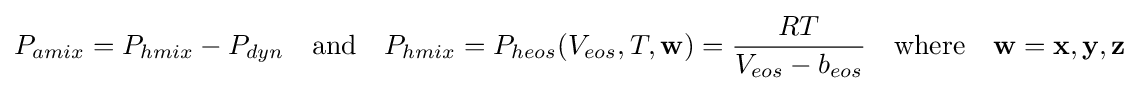
P_{amix}=P_{hmix}-P_{dyn}\quad {\text{and}}\quad P_{hmix}=P_{heos}(V_{eos},T,\mathbf {w} )={\frac {RT}{V_{eos}-b_{eos}}}\quad {\text{where}}\quad \mathbf {w} =\mathbf {x} ,\mathbf {y} ,\mathbf {z}